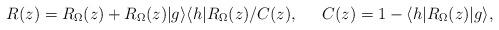
LaTeX: \begin{align*}& R(z)=R_\Omega(z)+ R_\Omega(z)|g \rangle \langle h| R_\Omega(z)/C(z),&& C(z) = 1- \langle h| R_\Omega (z)|g \rangle, \end{align*}